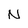
Character: N